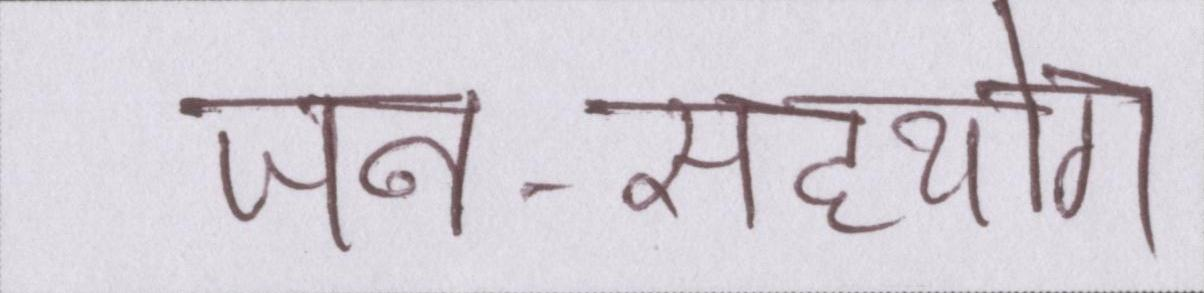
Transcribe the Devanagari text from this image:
जन-सहयोग